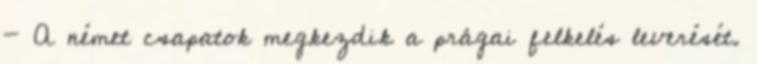
- A német csapatok megkezdik a prágai felkelés leverését.